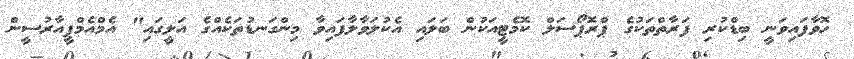
ހޮވާފައިވަނީ ބިޑްކުރި ފަރާތްތަކުގެ ޕްރޮޕޯސަލް ކޮމެޓީއަކުން ބަލައި އެކުލަވާލާފައިވާ މިންގަނޑުތަކެއްގެ އަލީގައި" އެމްއެމްޕީއާރުސީން